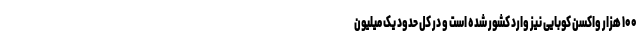
۱۰۰ هزار واکسن کوبایی نیز وارد کشور شده است و در کل حدود یک میلیون